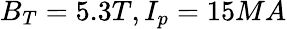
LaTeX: B_{T}=5.3T,I_{p}=15MA